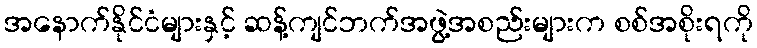
အနောက်နိုင်ငံများနှင့် ဆန့်ကျင်ဘက်အဖွဲ့အစည်းများက စစ်အစိုးရကို